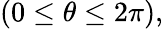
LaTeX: (0\leq\theta\leq 2\pi),